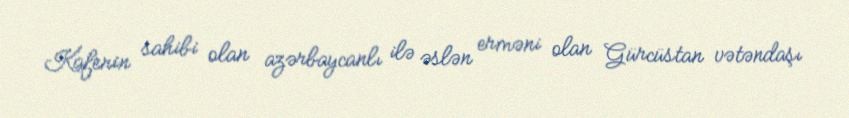
Kafenin sahibi olan azərbaycanlı ilə əslən erməni olan Gürcüstan vətəndaşı